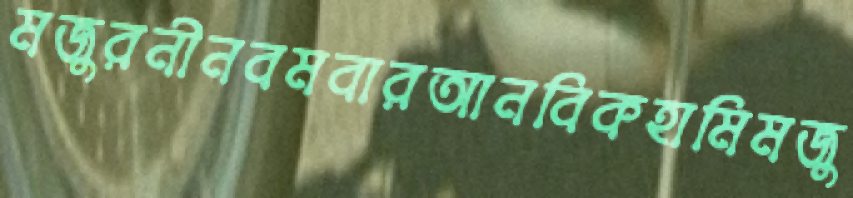
মজুরনীনবমবারআনবিকহামিমজু